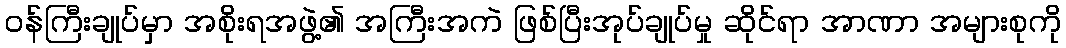
ဝန်ကြီးချုပ်မှာ အစိုးရအဖွဲ့၏ အကြီးအကဲ ဖြစ်ပြီးအုပ်ချုပ်မှု ဆိုင်ရာ အာဏာ အများစုကို